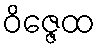
ဝိဇ္ဇေထ